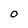
Character: O